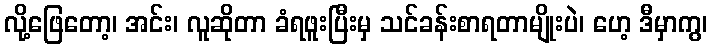
လို့ဖြေတော့၊ အင်း၊ လူဆိုတာ ခံရဖူးပြီးမှ သင်ခန်းစာရတာမျိုးပဲ၊ ဟေ့ ဒီမှာကွ၊